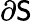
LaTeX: \partial\mathsf{S}